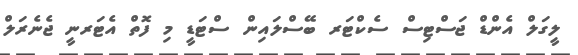
ލީގަލް އެންޑް ޖަސްޓިސް ސެކްޓަރ ބޭސްލައިން ސްޓަޑީ މި ފޮތް އެޓަރނީ ޖެނެރަލް